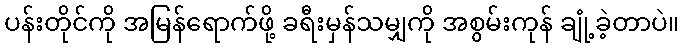
ပန်းတိုင်ကို အမြန်ရောက်ဖို့ ခရီးမှန်သမျှကို အစွမ်းကုန် ချုံ့ခဲ့တာပဲ။